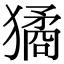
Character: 獝